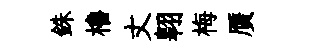
銖櫓丈翱梅贋